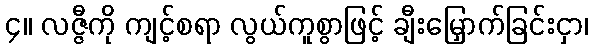
၄။ လဇ္ဇီကို ကျင့်စရာ လွယ်ကူစွာဖြင့် ချီးမြှောက်ခြင်းငှာ၊